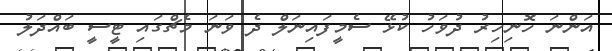
އަންނަ ހޮނިހިރު ދުވަހު ކުޅޭ ސެމީފައިނަލް ދެ ވަނަ މެޗްގައި ޓީސީ ބައްދަލު